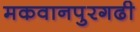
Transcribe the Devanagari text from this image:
मकवानपुरगढी